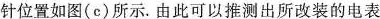
针位置如图(c)所示。由此可以推测出所改装的电表